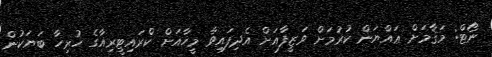
ނޯޓް: މަޤާމަށް ޢައްޔަން ކުރުމަށް ވަޒީފާއަށް އެދިފައިވާ މީހާއަށް ކްރައިޓީރިއާގެ ހުރިހާ ބަޔަކުން